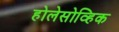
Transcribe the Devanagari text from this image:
होलेसोव्हिक